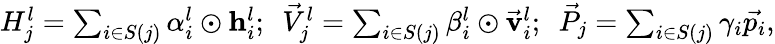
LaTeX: \begin{array}{r}{H_{j}^{l}=\sum_{i\in S(j)}\alpha_{i}^{l}\odot\mathbf{h}_{i}^{l};\ \ \vec{V}_{j}^{l}=\sum_{i\in S(j)}\beta_{i}^{l}\odot\vec{\mathbf{v}}_{i}^{l};\ \ \vec{P}_{j}=\sum_{i\in S(j)}\gamma_{i}\vec{p_{i}},}\end{array}